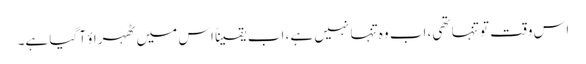
اس وقت تو تنہا تھی، اب وہ تنہا نہیں ہے، اب یقیناً اس میں ٹھہراؤ آ گیا ہے۔